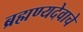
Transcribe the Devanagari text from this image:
ब्रह्मण्यदेवाचे